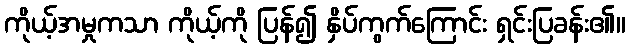
ကိုယ့်အမှုကသာ ကိုယ့်ကို ပြန်၍ နှိပ်ကွက်ကြောင်း ရှင်းပြခန်း၏။